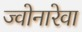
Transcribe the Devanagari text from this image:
ज्वोनारेवा